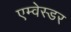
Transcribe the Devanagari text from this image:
एम्वेस्डर